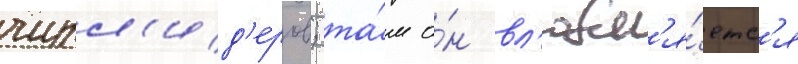
чирл'ид'еров; та́м о́н вл'юбл'я́етс'я